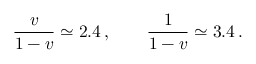
\frac { v } { 1 - v } \simeq 2 . 4 \, , \qquad \frac { 1 } { 1 - v } \simeq 3 . 4 \, .